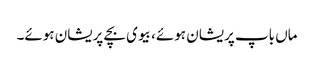
ماں باپ پریشان ہوئے، بیوی بچے پریشان ہوئے۔